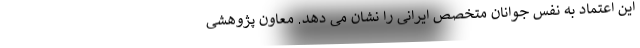
این اعتماد به نفس جوانان متخصص ایرانی را نشان می دهد. معاون پژوهشی